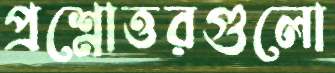
প্রশ্নোত্তরগুলো